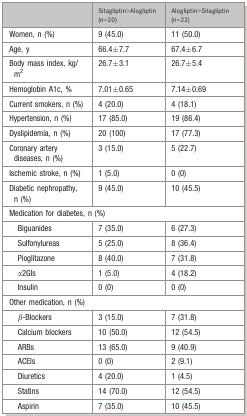
<table><thead><tr><td>[EMPTY_CELL]</td><td><b>Sitagliptin&gt;Alogliptin (n=20)</b></td><td><b>Alogliptin&gt;Sitagliptin (n=22)</b></td></tr></thead><tbody><tr><td>Women, n (%)</td><td>9 (45.0)</td><td>11 (50.0)</td></tr><tr><td>Age, y</td><td>66.4±7.7</td><td>67.4±6.7</td></tr><tr><td>Body mass index, kg/m<sup>2</sup></td><td>26.7±3.1</td><td>26.7±5.4</td></tr><tr><td>Hemoglobin A1c, %</td><td>7.01±0.65</td><td>7.14±0.69</td></tr><tr><td>Current smokers, n (%)</td><td>4 (20.0)</td><td>4 (18.1)</td></tr><tr><td>Hypertension, n (%)</td><td>17 (85.0)</td><td>19 (86.4)</td></tr><tr><td>Dyslipidemia, n (%)</td><td>20 (100)</td><td>17 (77.3)</td></tr><tr><td>Coronary artery diseases, n (%)</td><td>3 (15.0)</td><td>5 (22.7)</td></tr><tr><td>Ischemic stroke, n (%)</td><td>1 (5.0)</td><td>0 (0)</td></tr><tr><td>Diabetic nephropathy, n (%)</td><td>9 (45.0)</td><td>10 (45.5)</td></tr><tr><td colspan="3">Medication for diabetes, n (%)</td></tr><tr><td>Biguanides</td><td>7 (35.0)</td><td>6 (27.3)</td></tr><tr><td>Sulfonylureas</td><td>5 (25.0)</td><td>8 (36.4)</td></tr><tr><td>Pioglitazone</td><td>8 (40.0)</td><td>7 (31.8)</td></tr><tr><td>α2GIs</td><td>1 (5.0)</td><td>4 (18.2)</td></tr><tr><td>Insulin</td><td>0 (0)</td><td>0 (0)</td></tr><tr><td colspan="3">Other medication, n (%)</td></tr><tr><td>β‐Blockers</td><td>3 (15.0)</td><td>7 (31.8)</td></tr><tr><td>Calcium blockers</td><td>10 (50.0)</td><td>12 (54.5)</td></tr><tr><td>ARBs</td><td>13 (65.0)</td><td>9 (40.9)</td></tr><tr><td>ACEIs</td><td>0 (0)</td><td>2 (9.1)</td></tr><tr><td>Diuretics</td><td>4 (20.0)</td><td>1 (4.5)</td></tr><tr><td>Statins</td><td>14 (70.0)</td><td>12 (54.5)</td></tr><tr><td>Aspirin</td><td>7 (35.0)</td><td>10 (45.5)</td></tr></tbody></table>